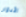
الأدوار